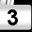
Digit: 3